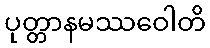
ပုတ္တာနမဿဝေါတိ